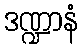
ဒဏ္ဍာနံ